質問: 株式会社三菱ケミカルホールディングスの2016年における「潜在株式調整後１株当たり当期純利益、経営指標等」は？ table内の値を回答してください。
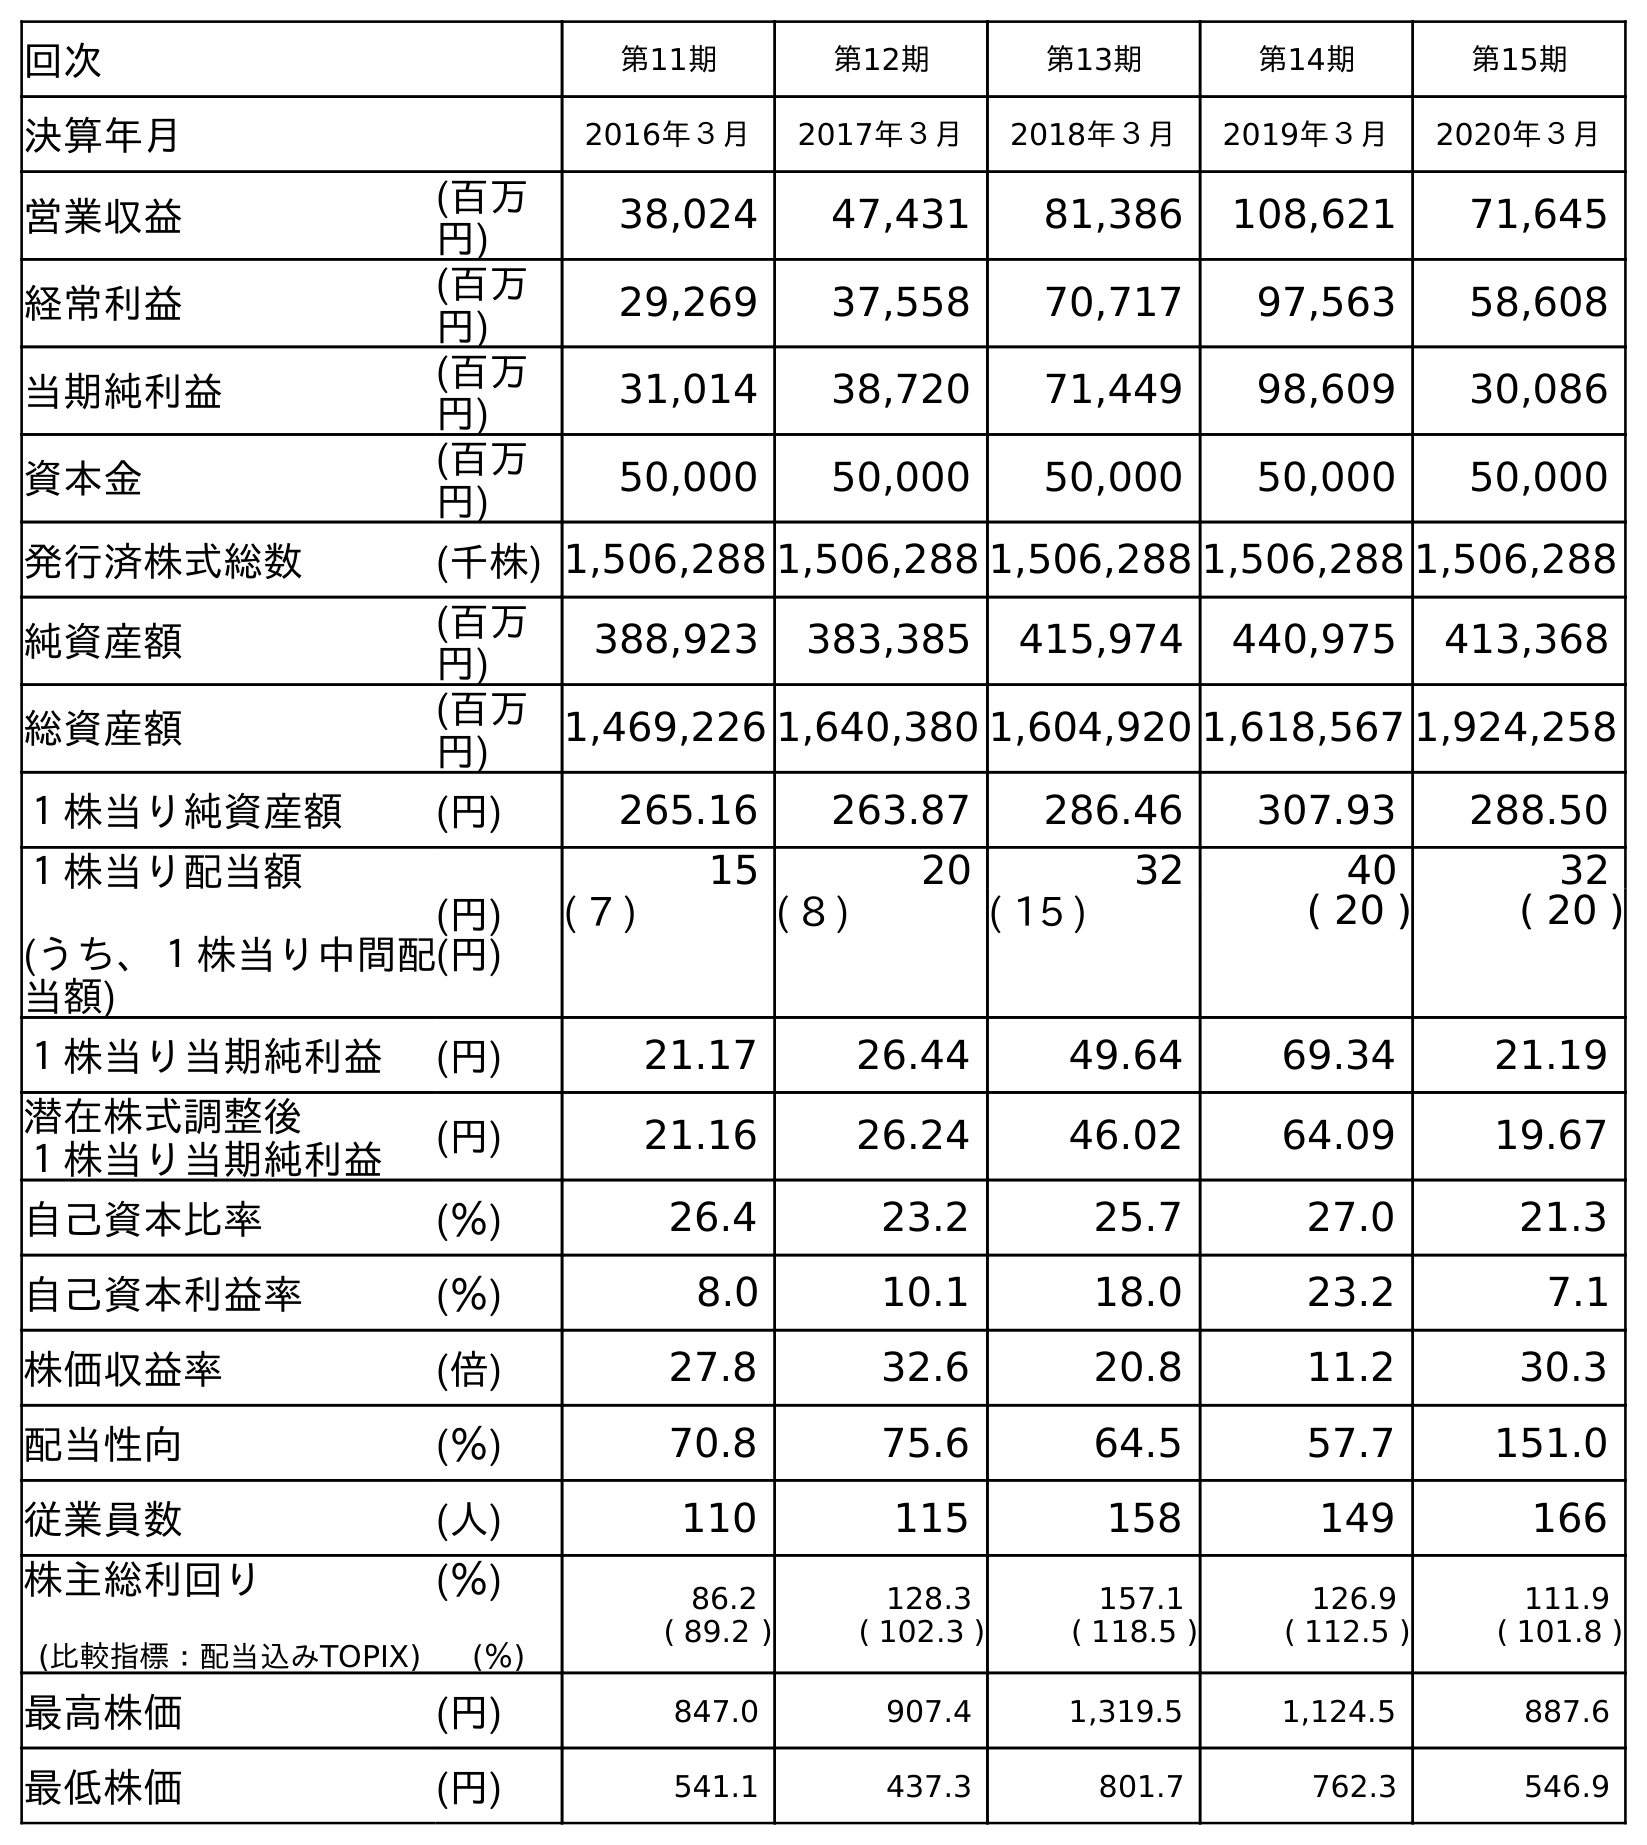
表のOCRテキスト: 回次 第11期 第12期 第13期 第14期 第15期 決算年月 2016年３月 2017年３月 2018年３月 2019年３月 2020年３月 営業収益 (百万 円) 38,024 47,431 81,386 108,621 71,645 経常利益 (百万 円) 29,269 37,558 70,717 97,563 58,608 当期純利益 (百万 円) 31,014 38,720 71,449 98,609 30,086 資本金 (百万 円) 50,000 50,000 50,000 50,000 50,000 発行済株式総数 (千株) 1,506,288 1,506,288 1,506,288 1,506,288 1,506,288 純資産額 (百万 円) 388,923 383,385 415,974 440,975 413,368 総資産額 (百万 円) 1,469,226 1,640,380 1,604,920 1,618,567 1,924,258 １株当り純資産額 (円) 265.16 263.87 286.46 307.93 288.50 １株当り配当額 (うち、１株当り中間配 当額) (円) (円) 15 20 32 40 32 ( 7 ) ( 8 ) ( 15 ) ( 20 ) ( 20 ) １株当り当期純利益 (円) 21.17 26.44 49.64 69.34 21.19 潜在株式調整後 １株当り当期純利益 (円) 21.16 26.24 46.02 64.09 19.67 自己資本比率 (％) 26.4 23.2 25.7 27.0 21.3 自己資本利益率 (％) 8.0 10.1 18.0 23.2 7.1 株価収益率 (倍) 27.8 32.6 20.8 11.2 30.3 配当性向 (％) 70.8 75.6 64.5 57.7 151.0 従業員数 (人) 110 115 158 149 166 株主総利回り (比較指標：配当込みTOPIX) (％) (％) 86.2 ( 89.2 ) 128.3 ( 102.3 ) 157.1 ( 118.5 ) 126.9 ( 112.5 ) 111.9 ( 101.8 ) 最高株価 (円) 847.0 907.4 1,319.5 1,124.5 887.6 最低株価 (円) 541.1 437.3 801.7 762.3 546.9
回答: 21.16